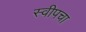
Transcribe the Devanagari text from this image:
स्वीपचा